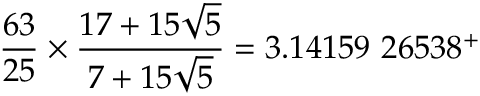
{ \frac { 6 3 } { 2 5 } } \times { \frac { 1 7 + 1 5 { \sqrt { 5 } } } { 7 + 1 5 { \sqrt { 5 } } } } = 3 . 1 4 1 5 9 \ 2 6 5 3 8 ^ { + }